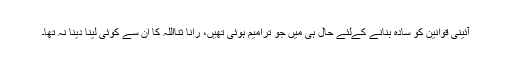
آئینی قوانین کو سادہ بنانے کےلئے حال ہی میں جو ترامیم ہوئی تھیں، رانا ثنااللہ کا ان سے کوئی لینا دینا نہ تھا۔